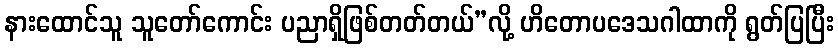
နားထောင်သူ သူတော်ကောင်း ပညာရှိဖြစ်တတ်တယ်”လို့ ဟိတောပဒေသဂါထာကို ရွတ်ပြပြီး